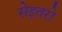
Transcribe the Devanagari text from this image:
सेइतरो